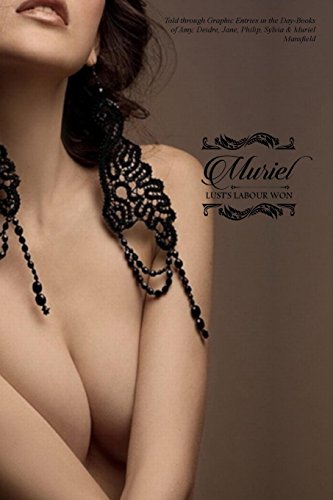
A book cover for Muriel: or; Lust's Labour Won; Anonymous; Romance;